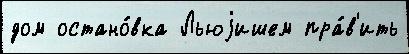
дом остано́вка Льюjишем пра́в'ить